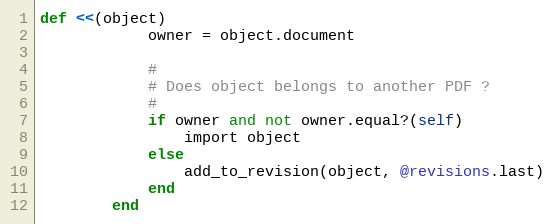
Language: Ruby
def <<(object)
            owner = object.document

            #
            # Does object belongs to another PDF ?
            #
            if owner and not owner.equal?(self)
                import object
            else
                add_to_revision(object, @revisions.last)
            end
        end